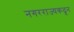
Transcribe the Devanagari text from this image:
नगरराज्यकढून